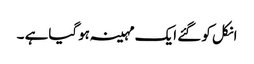
انکل کو گئے ایک مہینہ ہوگیاہے ۔